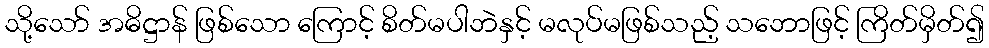
သို့သော် အဓိဋ္ဌာန် ဖြစ်သော ကြောင့် စိတ်မပါဘဲနှင့် မလုပ်မဖြစ်သည့် သဘောဖြင့် ကြိတ်မှိတ်၍